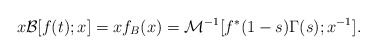
\begin{align*}x \mathcal{B}[f(t); x] = xf_{B}(x) = \mathcal{M}^{-1}[f^{*}(1-s) \Gamma(s); x^{-1}].\end{align*}